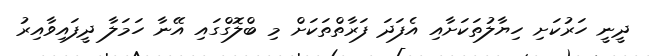
ދީނީ ހަރުކަށި ހިޔާލުތަކަށާއި އެފަދަ ފަރާތްތަކަށް މި ބްލޮގްގައި އޭނާ ހަމަލާ ދީފައިވާއިރު